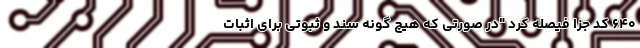
۶۴۰ کد جزا فیصله کرد "در صورتی که هیچ گونه سند و ثبوتی برای اثبات